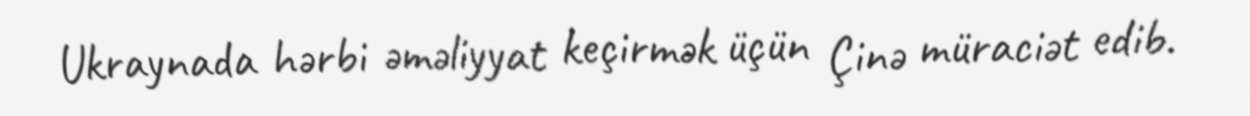
Ukraynada hərbi əməliyyat keçirmək üçün Çinə müraciət edib.